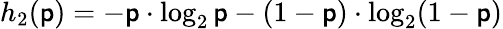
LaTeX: h_{2}(\mathsf{p})=-\mathsf{p}\cdot\log_{2}\mathsf{p}-(1-\mathsf{p})\cdot\log_{2}(1-\mathsf{p})